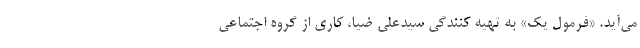
می‌آید. «فرمول یک» به تهیه کنندگی سیدعلی ضیا، کاری از گروه اجتماعی